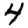
Digit: 4